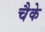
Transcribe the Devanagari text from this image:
चैके